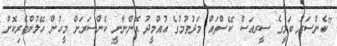
"ކެންސަރު ބަލީގެ ސީރއަސް ކޭސްތައް މަދުވުމުގެ އުއްމީދު އޮންނާނީ ކެންސަރަށް މީހުން ހޭލުންތެރިކޮށް